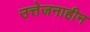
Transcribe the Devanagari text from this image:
उत्तेजनाहीन